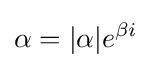
\alpha =|\alpha |e^{\beta i}